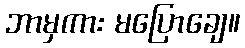
ဘာမှကား မပြောချေ။